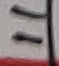
Text: 11